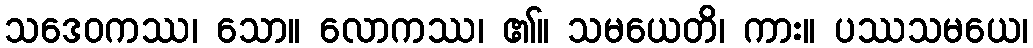
သဒေဝကဿ၊ သော။ လောကဿ၊ ၏။ သမယေတိ၊ ကား။ ပဿသမယေ၊